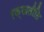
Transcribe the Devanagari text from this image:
रक्खतीति